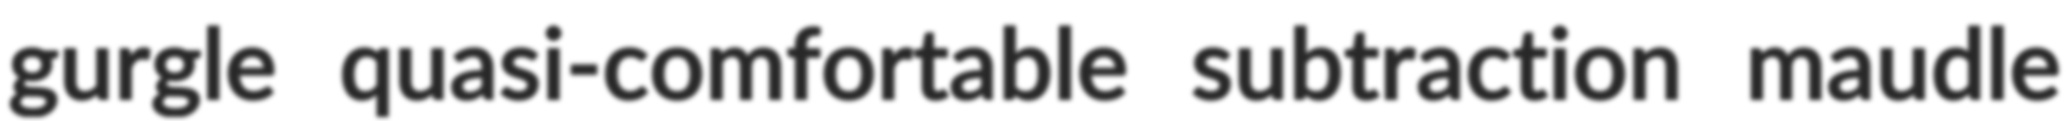
gurgle quasi-comfortable subtraction maudle